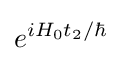
e^{iH_{0}t_{2}/\hbar }